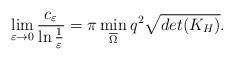
LaTeX: \begin{align*}\lim_{\varepsilon\to 0}\frac{c_\varepsilon}{\ln\frac{1}{\varepsilon}}=\pi \min\limits_{\overline{\Omega} }q^2\sqrt{det(K_H)}.\end{align*}